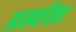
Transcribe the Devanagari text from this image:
आख्ययिका